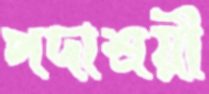
পদাশ্রয়ী